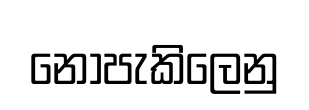
නොපැකිලෙනු